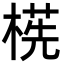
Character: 㮱